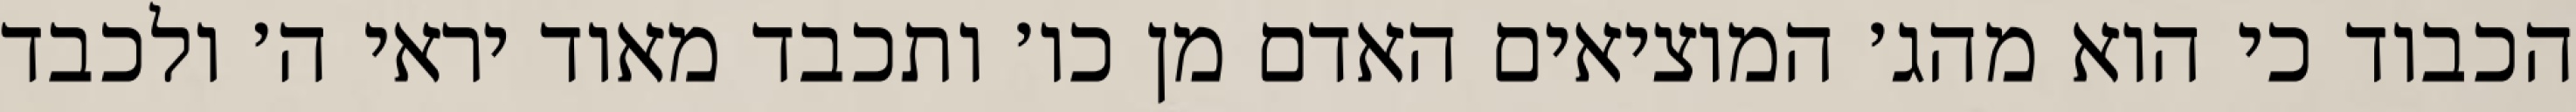
הכבוד כי הוא מהג׳ המוציאים האדם מן כו׳ ותכבד מאוד יראי ה׳ ולכבד